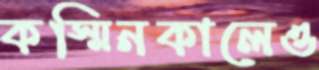
কস্মিনকালেও